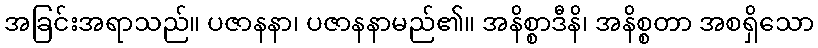
အခြင်းအရာသည်။ ပဇာနနာ၊ ပဇာနနာမည်၏။ အနိစ္စာဒီနိ၊ အနိစ္စတာ အစရှိသော